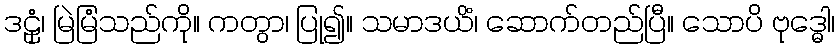
ဒဠှံ၊ မြဲမြံသည်ကို။ ကတွာ၊ ပြု၍။ သမာဒယိံ၊ ဆောက်တည်ပြီ။ သောပိ ဗုဒ္ဓေါ၊